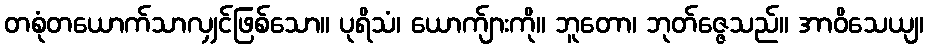
တစုံတယောက်သာလျှင်ဖြစ်သော။ ပုရိသံ၊ ယောက်ျားကို။ ဘူတော၊ ဘုတ်ဇ္ဇေသည်။ အာဝိသေယျ၊